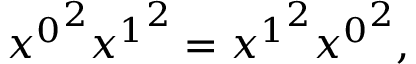
{ x ^ { 0 } } ^ { 2 } { x ^ { 1 } } ^ { 2 } = { x ^ { 1 } } ^ { 2 } { x ^ { 0 } } ^ { 2 } ,